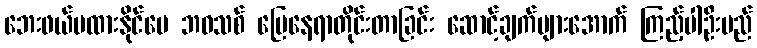
ဘေးဖယ်မထားနိုင်ပေ ဘဝသစ် မြေနေရာတိုင်းတာခြင်း ဆောင့်ချက်များအောက် ကြည့်ပါဦးမည်